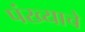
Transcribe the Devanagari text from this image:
पंख्याचे